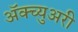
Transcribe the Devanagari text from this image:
अॅक्च्युअरी